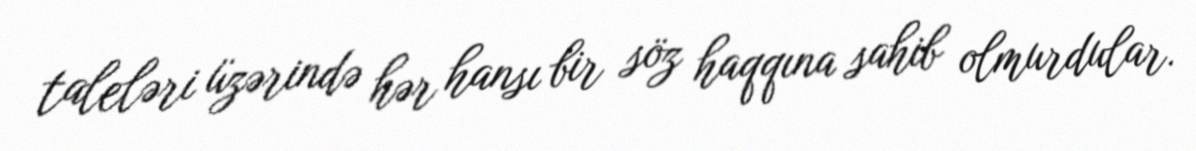
taleləri üzərində hər hansı bir söz haqqına sahib olmurdular.